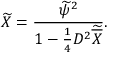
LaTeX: \widetilde X = { \frac { \widetilde \psi ^ { 2 } } { 1 - { \frac { 1 } { 4 } } D ^ { 2 } \widetilde { \overline { { X } } } } } .